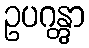
ဥပဂန္တွာ